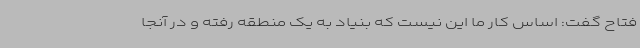
فتاح گفت: اساس کار ما این نیست که بنیاد به یک منطقه رفته و در آنجا